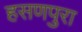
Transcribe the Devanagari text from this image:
हसणपुरा